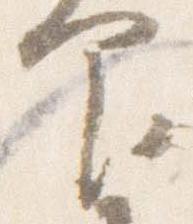
印